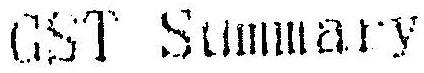
GST SUMMARY